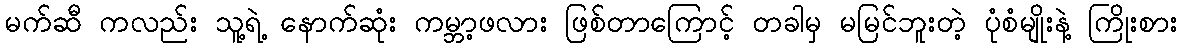
မက်ဆီ ကလည်း သူ့ရဲ့ နောက်ဆုံး ကမ္ဘာ့ဖလား ဖြစ်တာကြောင့် တခါမှ မမြင်ဘူးတဲ့ ပုံစံမျိုးနဲ့ ကြိုးစား